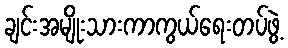
ချင်းအမျိုးသားကာကွယ်ရေးတပ်ဖွဲ့